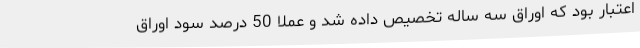
اعتبار بود که اوراق سه ساله تخصیص داده شد و عملا 50 درصد سود اوراق